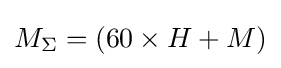
M_{\Sigma }=(60\times H+M)